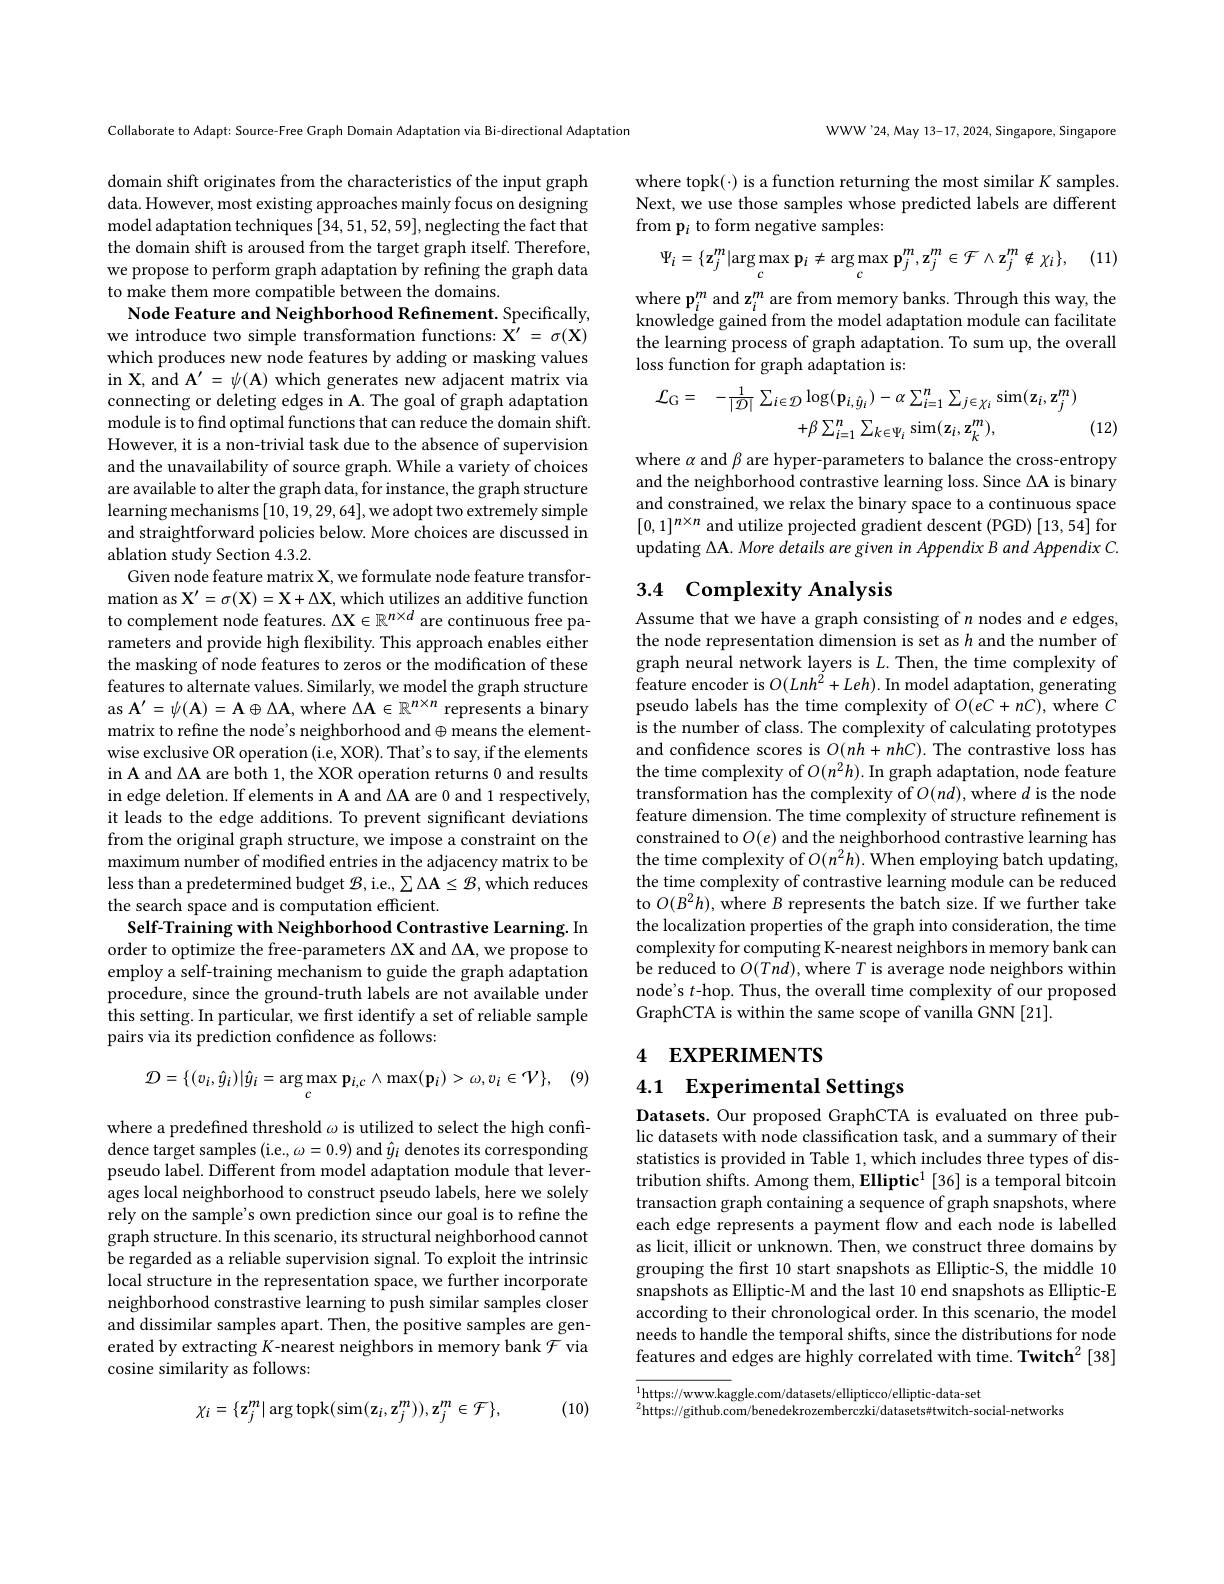
Collaborate to Adapt: Source-Free Graph Domain Adaptation via Bi-directional Adaptation

domain shift originates from the characteristics of the input graph data. However, most existing approaches mainly focus on designing model adaptation techniques [34,51,52,59],neglecting the fact that the domain shift is aroused from the target graph itself. Therefore, we propose to perform graph adaptation by refining the graph data to make them more compatible between the domains
Node Feature and Neighborhood Refinement. Specifically, we introduce two simple transformation functions: $\mathbf{X}^\prime=\sigma(\mathbf{X})$ which produces new node features by adding or masking values in X, and $\mathbf{A}^{\prime}=\psi(\mathbf{A})$ which generates new adjacent matrix via connecting or deleting edges in A. The goal of graph adaptation module is to find optimal functions that can reduce the domain shift. However, it is a non-trivial task due to the absence of supervision and the unavailability of source graph. While a variety of choices are available to alter the graph data, for instance, the graph structure learning mechanisms[10,19,29,64],we adopt two extremely simple and straightforward policies below. More choices are discussed in ablation study Section 4.3.2.
Given node feature matrix X, we formulate node feature transformation as $\mathbf{X}^{\prime}=\sigma(\mathbf{X})=\mathbf{X}+\Delta\mathbf{X}$, which utilizes an additive function to complement node features. $\Delta\mathcal{X}\in\mathbb{R}^{n\times d}$ are continuous free parameters and provide high flexibility. This approach enables either the masking of node features to zeros or the modification of these features to alternate values. Similarly, we model the graph structure as $\mathbf{A}^{\prime}=\psi(\mathbf{A})=\mathbf{A}\oplus\Delta\mathbf{A}$,where $\Delta\mathbf{A}\in\mathbb{R}^{n\times n}$ represents a binary matrix to refine the node's neighborhood and$\oplus$means the elementwise exclusive OR operation (i.e, XOR). That's to say, if the elements in A and $\Delta$A are both 1, the XOR operation returns 0 and results in edge deletion. If elements in A and ΔA are 0 and 1 respectively, it leads to the edge additions. To prevent significant deviations from the original graph structure, we impose a constraint on the maximum number of modified entries in the adjacency matrix to be less than a predetermined budget $\mathcal{B}$, i.e., $\sum\Delta\mathbf{A}\leq\mathcal{B}$, which reduces the search space and is computation efficient.
Self-Training with Neighborhood Contrastive Learning. In order to optimize the free-parameters $\Delta$X and $\Delta$A, we propose to employ a self-training mechanism to guide the graph adaptation procedure, since the ground-truth labels are not available under this setting. In particular, we first identify a set of reliable sample pairs via its prediction confidence as follows:

(9)
$$\mathcal{D}=\{(v_{i},\hat{y}_{i})|\hat{y}_{i}=\arg\max_{c}\mathbf{p}_{i,c}\wedge\max(\mathbf{p}_{i})>\omega,v_{i}\in\mathcal{V}\},$$
where a predefined threshold $\omega$ is utilized to select the high confidence target samples (i.e., $\omega=0.9)$ and $\hat{y}_i$ denotes its corresponding pseudo label. Different from model adaptation module that leverages local neighborhood to construct pseudo labels, here we solely rely on the sample's own prediction since our goal is to refine the graph structure. In this scenario, its structural neighborhood cannot be regarded as a reliable supervision signal. To exploit the intrinsic local structure in the representation space, we further incorporate neighborhood constrastive learning to push similar samples closer and dissimilar samples apart. Then, the positive samples are generated by extracting $K$-nearest neighbors in memory bank $\mathcal{F}$ via cosine similarity as follows:

(10)
$$\chi_{i}=\{\mathbf{z}_{j}^{m}|\arg\mathrm{topk}(\mathrm{sim}(\mathbf{z}_{i},\mathbf{z}_{j}^{m})),\mathbf{z}_{j}^{m}\in\mathcal{F}\},$$
WWW'24,May 13-17, 2024, Singapore, Singapore

where topk(·) is a function returning the most similar $K$ samples. Next, we use those samples whose predicted labels are different from p$_i$ to form negative samples:

(11)
$$\Psi_{i}=\{\mathbf{z}_{j}^{m}|\arg\max_{c}\mathbf{p}_{i}\neq\arg\max_{c}\mathbf{p}_{j}^{m},\mathbf{z}_{j}^{m}\in\mathcal{F}\wedge\mathbf{z}_{j}^{m}\notin\chi_{i}\},$$
$\mathrm{where~p}_{i}^{m}\mathrm{~and~z}_{i}^{m}$ are from memory banks. Through this way, the knowledge gained from the model adaptation module can facilitate the learning process of graph adaptation. To sum up, the overall loss function for graph adaptation is:
$$\mathcal{L}_{\mathrm{G}}=\quad-\frac{1}{|\mathcal{D}|}\sum_{i\in\mathcal{D}}\log(\mathbf{p}_{i,\hat{y}_{i}})-\alpha\sum_{i=1}^{n}\sum_{j\in\chi_{i}}\sin(\mathbf{z}_{i},\mathbf{z}_{j}^{m})\\+\beta\sum_{i=1}^{n}\sum_{k\in\Psi_{i}}\sin(\mathbf{z}_{i},\mathbf{z}_{k}^{m}),$$
(12)

where $\alpha$ and β are hyper-parameters to balance the cross-entropy and the neighborhood contrastive learning loss. Since $\Delta$A is binary and constrained, we relax the binary space to a continuous space $[0,1]^{n\times n}$ and utilize projected gradient descent (PGD) [13,54] for updating $\Delta \mathbf{A} . \textit{More details are given in Appendix B and Appendix C. }$

## 3.4 Complexity Analysis

Assume that we have a graph consisting of $n$ nodes and $e$ edges, the node representation dimension is set as $h$ and the number of graph neural network layers is $L.$ Then, the time complexity of feature encoder is $O(Lnh^{\acute{2}}+Leh).$ In model adaptation, generating pseudo labels has the time complexity of $O(eC+nC)$, where $C$ is the number of class. The complexity of calculating prototypes and confidence scores is $O(nh+nhC).$ The contrastive loss has the time complexity of $O(n^2h).$ In graph adaptation, node feature transformation has the complexity of $O(nd)$, where $d$ is the node feature dimension. The time complexity of structure refinement is constrained to $O(e)$ and the neighborhood contrastive learning has the time complexity of $O(n^2h).$ When employing batch updating, the time complexity of contrastive learning module can be reduced to $O(B^{2}h)$,where $B$ represents the batch size. If we further take the localization properties of the graph into consideration, the time complexity for computing K-nearest neighbors in memory bank can be reduced to $O(Tnd)$,where $T$ is average node neighbors within node's $t$-hop. Thus, the overall time complexity of our proposed GraphCTA is within the same scope of vanilla GNN [21].

# 4 EXPERIMENTS

4.1 Experimental Settings

Datasets. Our proposed GraphCTA is evaluated on three public datasets with node classification task, and a summary of their statistics is provided in Table 1, which includes three types of distribution shifts. Among them, Elliptic$^1$ [36] is a temporal bitcoin transaction graph containing a sequence of graph snapshots, where each edge represents a payment flow and each node is labelled as licit, illicit or unknown. Then, we construct three domains by grouping the first 10 start snapshots as Elliptic-S, the middle 10 snapshots as Elliptic-M and the last 10 end snapshots as Elliptic-E according to their chronological order. In this scenario, the model needs to handle the temporal shifts, since the distributions for node features and edges are highly correlated with time. Twitch$^2[38]$

$\overline{{^{1}\text{https://www.kaggle.com/datasets/ellipticco/elliptic-data-set}}}$
$^{2}$https://github.com/benedekrozemberczki/datasets#twitch-social-networks